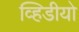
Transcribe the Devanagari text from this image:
व्हिडीयो